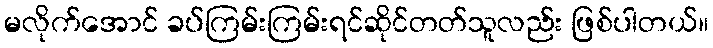
မလိုက်အောင် ခပ်ကြမ်းကြမ်းရင်ဆိုင်တတ်သူလည်း ဖြစ်ပါတယ်။